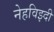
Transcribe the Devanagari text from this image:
नेहविझ्दी